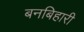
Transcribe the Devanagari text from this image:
बनबिहारी